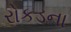
રોકડના